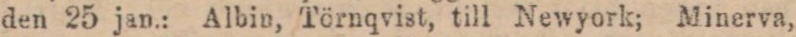
den 25 jan.: Albin, Törnqvist, till Newyork; Minerva,